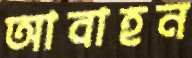
আবাহন